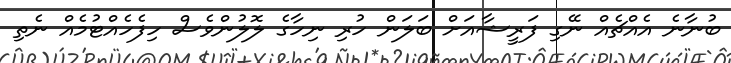
ބުނާނެ އެއްޗެއް ނޭގި ފަރީޝާއަށް ބަލަން ހުރި ނިހާގެ ލޮލުންވެސް ހިފެހެއްޓުމެއް ނެތި